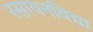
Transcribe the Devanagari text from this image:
रसायनविद्या